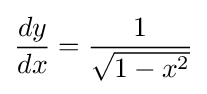
{dy \over dx}={\frac {1}{\sqrt {1-x^{2}}}}